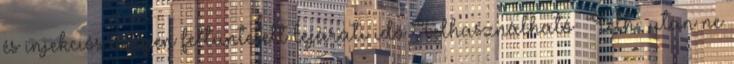
és injekciós üvegen feltüntetett lejárati idő Felhasználható Felh.: után ne